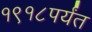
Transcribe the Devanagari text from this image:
१९१८पर्यंत